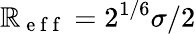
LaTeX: \mathbb{R}_{\mathrm{{~e~f~f~}}}=2^{1/6}\sigma/2